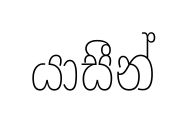
යාසීන්